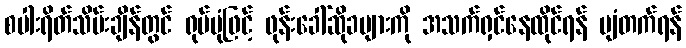
စပါးရိတ်သိမ်းချိန်တွင် ရုပ်ပုံဖြင့် ဖုန်းခေါ်ဆိုခများကို အသက်ရှင်နေထိုင်ရန် ပျံတက်ရန်